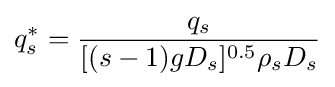
q_{s}^{*}={\frac {q_{s}}{[(s-1)gD_{s}]^{0.5}\rho _{s}D_{s}}}